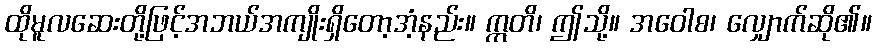
ထိုမူလဆေးတို့ဖြင့်အဘယ်အကျိုးရှိတော့အံ့နည်း။ ဣတိ၊ ဤသို့။ အဝေါစ၊ လျှောက်ဆို၏။